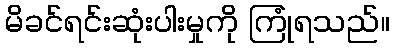
မိခင်ရင်းဆုံးပါးမှုကို ကြုံရသည်။